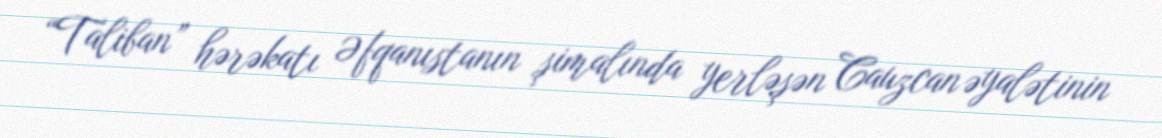
“Taliban” hərəkatı Əfqanıstanın şimalında yerləşən Cauzcan əyalətinin